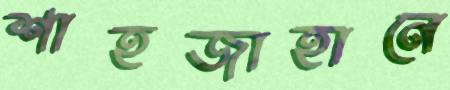
শাহজাহানে